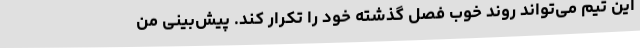
این تیم می‌تواند روند خوب فصل گذشته خود را تکرار کند. پیش‌بینی من